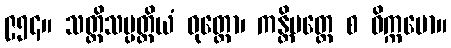
၉၅၄။ သတ္တိသမ္ပတ္တိယံ ဝုတ္တော၊ ကန္တိမတ္တေ စ ဝိက္ကမော။